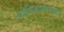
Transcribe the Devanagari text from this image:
मनोविकारांबद्दलच्या